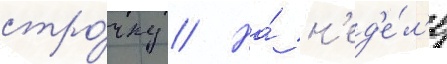
стро́чку // На́ н'ед'е́л'е